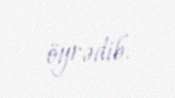
öyrədib.